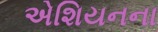
એશિયનના